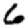
Digit: 6